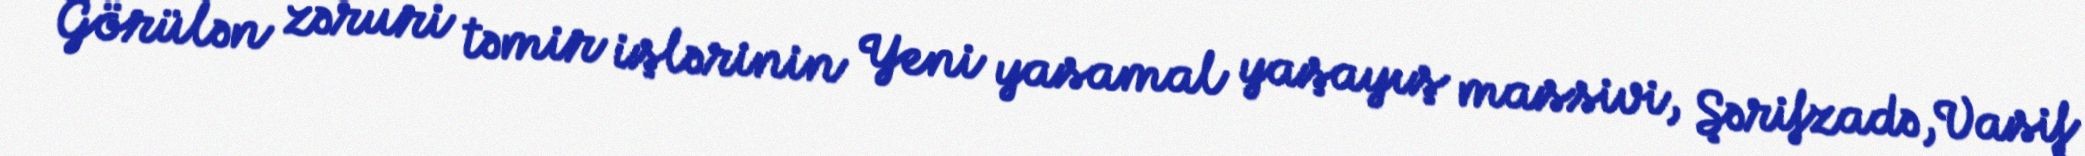
Görülən zəruri təmir işlərinin Yeni yasamal yaşayış massivi, Şərifzadə,Vasif